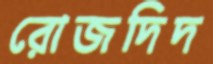
রোজদিদ